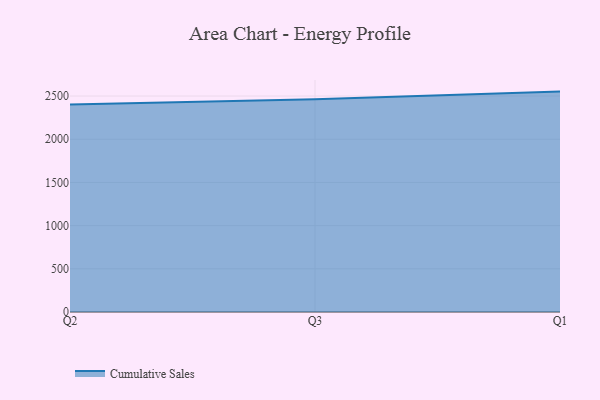
{"axis": {"x": "Quarter", "y": "Churn Rate (%)"}, "legend": ["Cumulative Sales"], "data": [{"x": "Q2", "y": 2402.8, "type": "Cumulative Sales"}, {"x": "Q3", "y": 2464.0, "type": "Cumulative Sales"}, {"x": "Q1", "y": 2551.3, "type": "Cumulative Sales"}]}